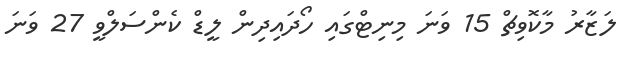
ލަޒާރު މާކޮވިޗް 15 ވަނަ މިނިޓްގައި ހޯދައިދިން ލީޑް ކެންސަލްވީ 27 ވަނަ